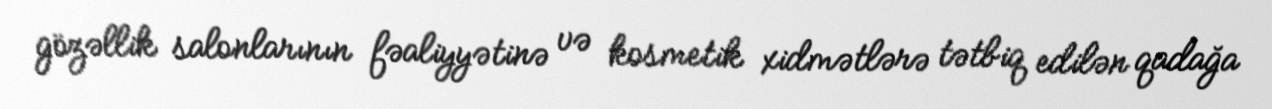
gözəllik salonlarının fəaliyyətinə və kosmetik xidmətlərə tətbiq edilən qadağa